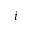
i